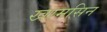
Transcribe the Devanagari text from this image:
खामसिन